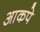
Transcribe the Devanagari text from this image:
आकपे